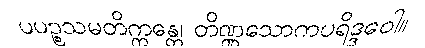
ပပဉ္စသမတိက္ကန္တေ၊ တိဏ္ဏသောကပရိဒ္ဒဝေါ။